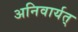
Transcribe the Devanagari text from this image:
अनिवार्यत्